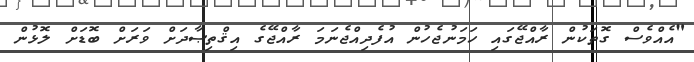
"އެއްވެސް ގޮތަކުން ރާއްޖޭގައި ހަމަނުޖެހުން އުފެދިއްޖެނަމަ ރާއްޖޭގެ އިޤްތިޞާދަށް ވަރަށް ބޮޑަށް ލޮޅުން